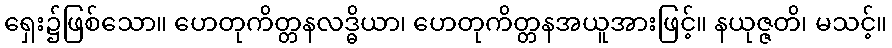
ရှေး၌ဖြစ်သော။ ဟေတုကိတ္တနလဒ္ဓိယာ၊ ဟေတုကိတ္တနအယူအားဖြင့်။ နယုဇ္ဇတိ၊ မသင့်။